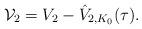
LaTeX: \begin{align*}\mathcal{V}_2 = V_2 - \hat V_{2,K_0} (\tau).\end{align*}